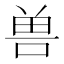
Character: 兽